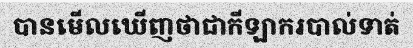
បានមើលឃើញថាជាកីឡាករបាល់ទាត់